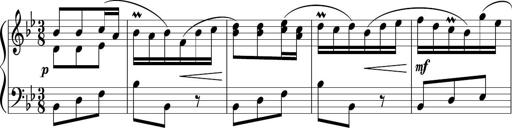
Title: 12 Keyboard Sonatinas
Composer: James Hook